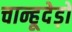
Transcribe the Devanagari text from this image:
चान्हूदेड़ो